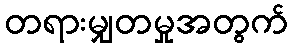
တရားမျှတမှုအတွက်